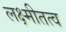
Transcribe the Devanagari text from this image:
लक्ष्मीतत्व